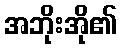
အဘိုးအို၏